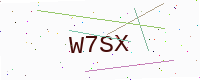
Text: W7SX